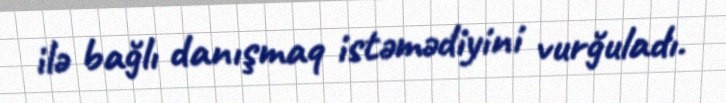
ilə bağlı danışmaq istəmədiyini vurğuladı.